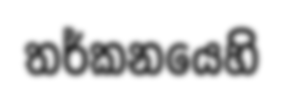
තර්කනයෙහි